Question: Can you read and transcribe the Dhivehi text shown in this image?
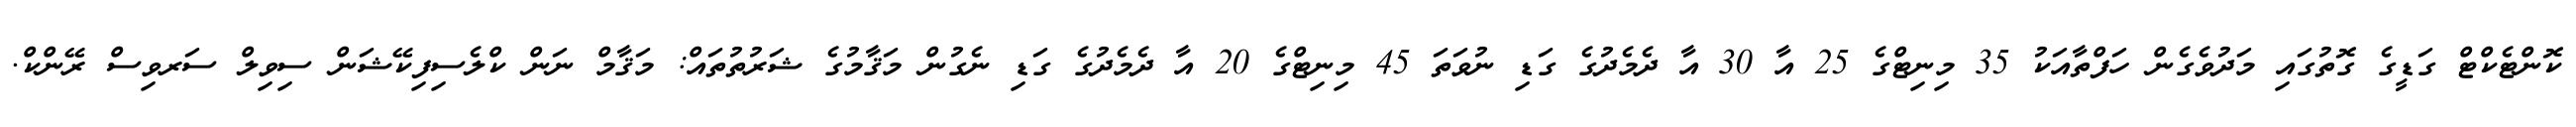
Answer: ކޮންޓެކްޓް ގަޑީގެ ގޮތުގައި މަދުވެގެން ހަފްތާއަކު 35 މިނިޓްގެ 25 އާ 30 އާ ދެމެދުގެ ގަޑި ނުވަތަ 45 މިނިޓްގެ 20 އާ ދެމެދުގެ ގަޑި ނެގުން މަޤާމުގެ ޝަރުތުތައް: މަޤާމް ނަން ކްލެސިފިކޭޝަން ސިވިލް ސަރވިސް ރޭންކް.